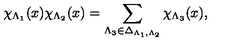
\chi _ { \Lambda _ { 1 } } ( x ) \chi _ { \Lambda _ { 2 } } ( x ) = \sum _ { \Lambda _ { 3 } \in \Delta _ { \Lambda _ { 1 } , \Lambda _ { 2 } } } \chi _ { \Lambda _ { 3 } } ( x ) ,